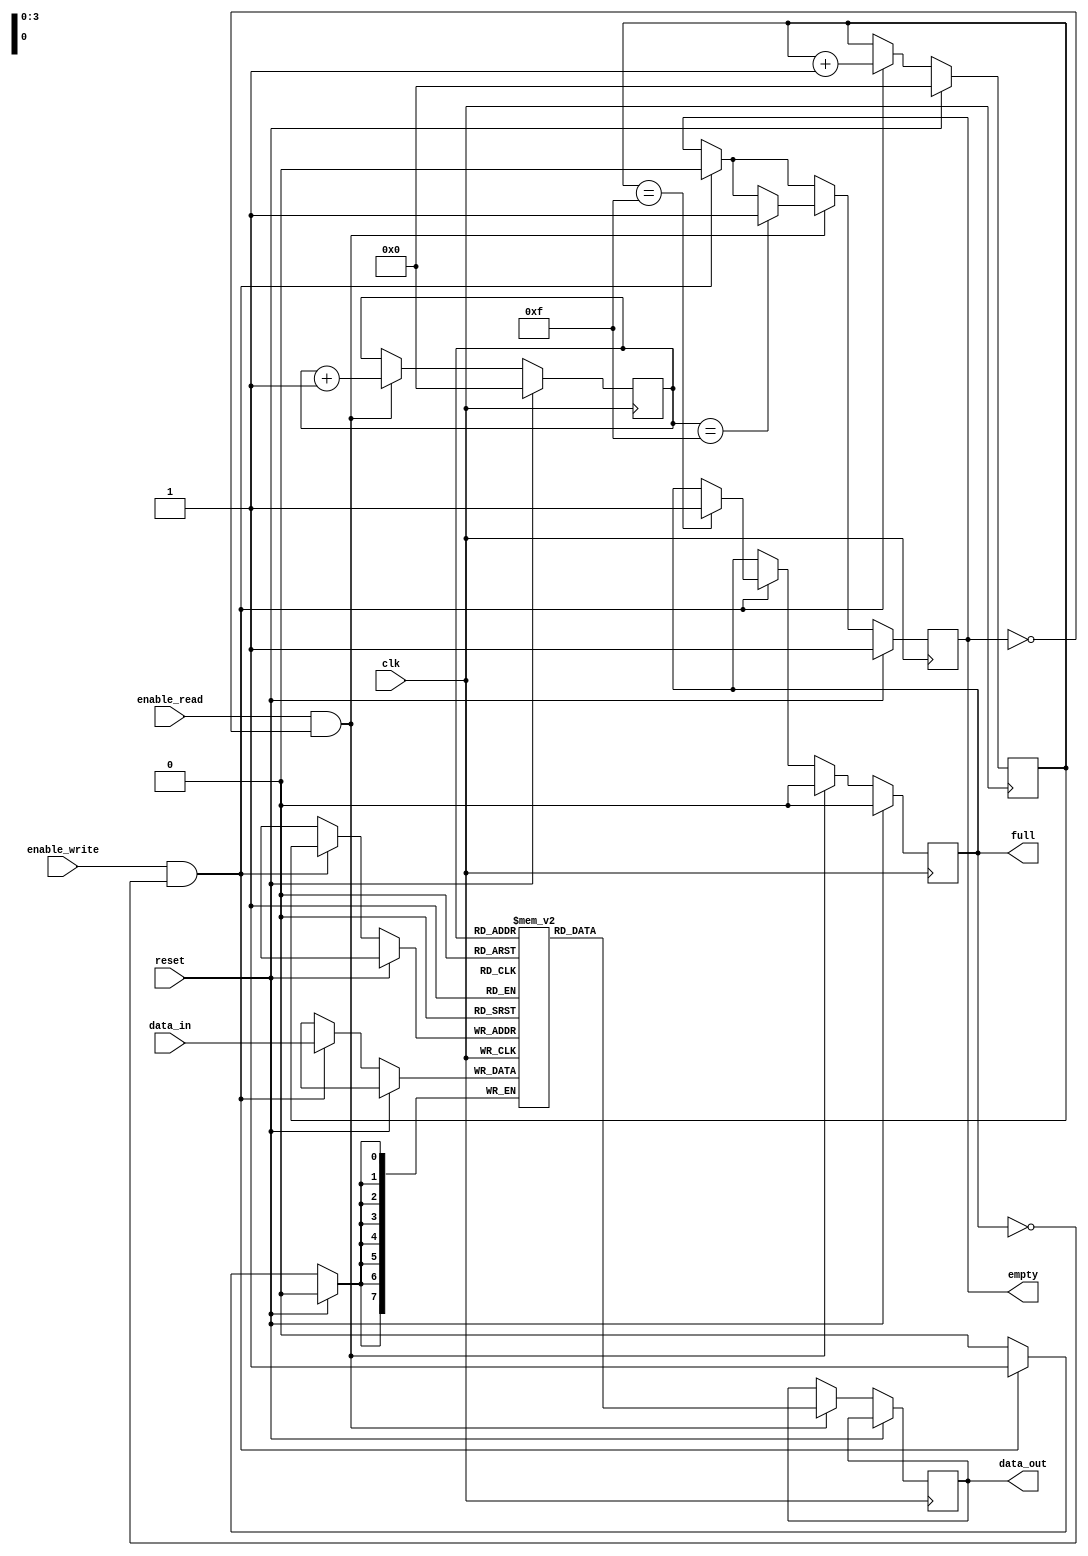
module fifo (
    input wire clk,
    input wire reset,
    input wire enable_write,
    input wire enable_read,
    input wire [7:0] data_in,
    output reg [7:0] data_out,
    output reg full,
    output reg empty
);

reg [7:0] memory [0:15];
reg [3:0] write_pointer;
reg [3:0] read_pointer;

always @(posedge clk) begin
    if (reset) begin
        write_pointer <= 0;
        read_pointer <= 0;
        full <= 0;
        empty <= 1;
    end else begin
        if (enable_write && !full) begin
            memory[write_pointer] <= data_in;
            write_pointer <= write_pointer + 1;
            if (write_pointer == 15) begin
                full <= 1;
            end
            empty <= 0;
        end
        if (enable_read && !empty) begin
            data_out <= memory[read_pointer];
            read_pointer <= read_pointer + 1;
            if (read_pointer == 15) begin
                empty <= 1;
            end
            full <= 0;
        end
    end
end

endmodule